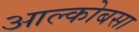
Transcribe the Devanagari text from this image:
आल्कोबसा